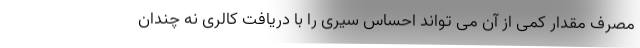
مصرف مقدار کمی از آن می تواند احساس سیری را با دریافت کالری نه چندان